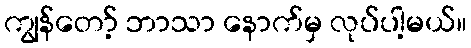
ကျွန်တော့် ဘာသာ နောက်မှ လုပ်ပါ့မယ်။